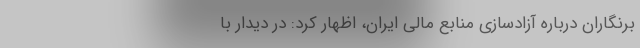
برنگاران درباره آزادسازی منابع مالی ایران، اظهار کرد: در دیدار با